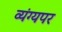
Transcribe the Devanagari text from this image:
व्यंग्यपर